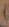
)